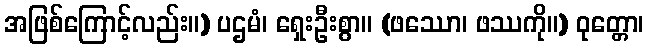
အဖြစ်ကြောင့်လည်း။) ပဌမံ၊ ရှေးဦးစွာ။ (ဖဿော၊ ဖဿကို။) ဝုတ္တော၊